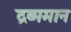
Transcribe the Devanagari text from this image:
द्रव्ममान